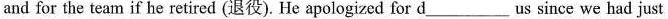
and for the team if he retired ( 退役 ). He apologized for d___ us since we had just